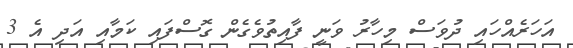
އަހަރެއްހައި ދުވަސް މިހާރު ވަނީ ފާއިތުވެގެން ގޮސްފައި ކަމާއި އަދި އެ 3